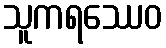
သူကရဿေဝ